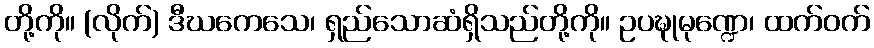
တို့ကို။ (လိုက်) ဒီဃကေသေ၊ ရှည်သောဆံရှိသည်တို့ကို။ ဥပဍ္ဎုမုဏ္ဍေ၊ ထက်ဝက်